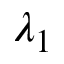
\lambda _ { 1 }